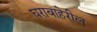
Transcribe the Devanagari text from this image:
घराबाहेरील